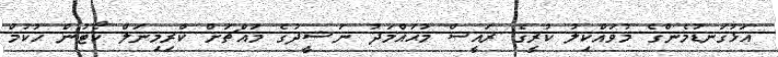
އަޅުގަނޑުމެންގެ މުވައްކިލު ކުރީގެ ރައީސް މުޙައްމަދު ނަޝީދުގެ މައްޗަށް ކްރިމިނަލް ކޯޓުން ޙުކުމް